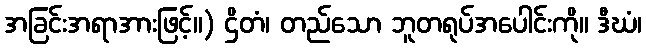
အခြင်းအရာအားဖြင့်။) ဌိတံ၊ တည်သော ဘူတရုပ်အပေါင်းကို။ ဒီဃံ၊